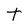
Character: t